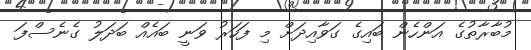
މުބާރާތުގެ އަންހެން ބައިގެ ގަވާއިދަށް މި ފަހަރު ވަނީ ބައެއް ބަދަލު ގެނެސްފަ